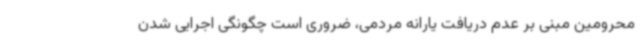
محرومین مبنی بر عدم دریافت یارانه مردمی، ضروری است چگونگی اجرایی شدن